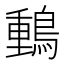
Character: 䳯